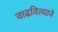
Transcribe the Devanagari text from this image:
वाढविल्याने